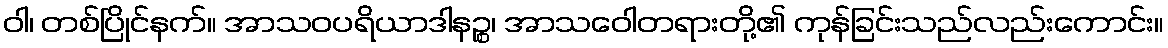
ဝါ၊ တစ်ပြိုင်နက်။ အာသဝပရိယာဒါနဉ္စ၊ အာသဝေါတရားတို့၏ ကုန်ခြင်းသည်လည်းကောင်း။